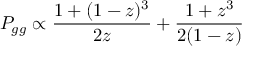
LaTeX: P _ { g g } \propto \frac { 1 + ( 1 - z ) ^ { 3 } } { 2 z } + \frac { 1 + z ^ { 3 } } { 2 ( 1 - z ) }